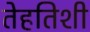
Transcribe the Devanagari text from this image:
तेहतिशी